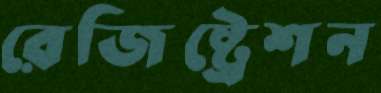
রেজিষ্ট্রেশন